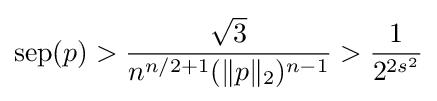
\operatorname {sep} (p)>{\frac {\sqrt {3}}{n^{n/2+1}(\|p\|_{2})^{n-1}}}>{\frac {1}{2^{2s^{2}}}}